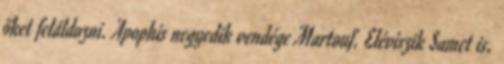
őket feláldozni. Apophis negyedik vendége Martouf. Eléviszik Samet is,